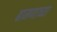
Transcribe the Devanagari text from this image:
बामणाच्या